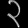
Digit: ၃